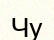
Чу